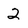
Character: 2